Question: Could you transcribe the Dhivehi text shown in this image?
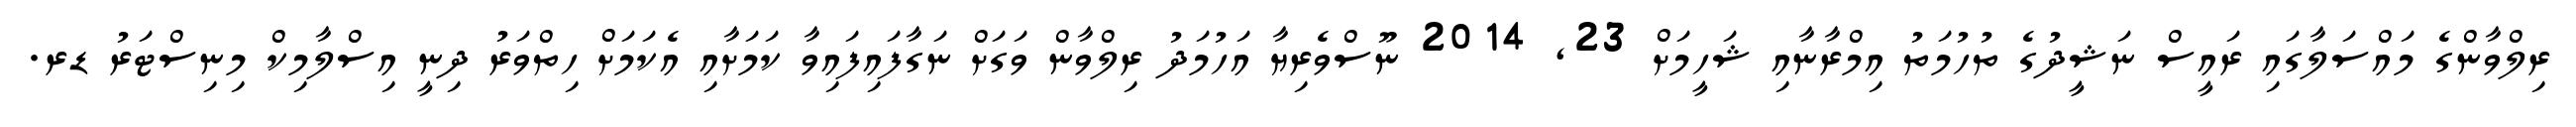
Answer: ރިލްވާންގެ މައްސަލާގައި ރައީސް ނަޝީދުގެ ތުހުމަތު އިމްރާނާއި ޝަހީމަށް 23, 2014 ނޫސްވެރިޔާ އަހުމަދު ރިލްވާން ވަގަށް ނަގާފައިފައިވާ ކަމަށާއި އެކަމަށް ހިތްވަރު ދިނީ އިސްލާމިކް މިނިސްޓަރު ޑރ.